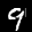
Label: 9